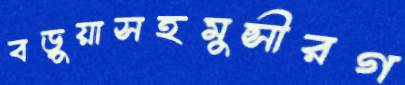
বড়ুয়াসহমুন্সীরগ